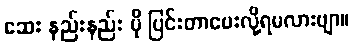
ဆေး နည်းနည်း ပို ပြင်းတာပေးလို့ရမလားဗျာ။